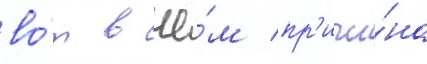
во́т в че́м пр'ичи́на